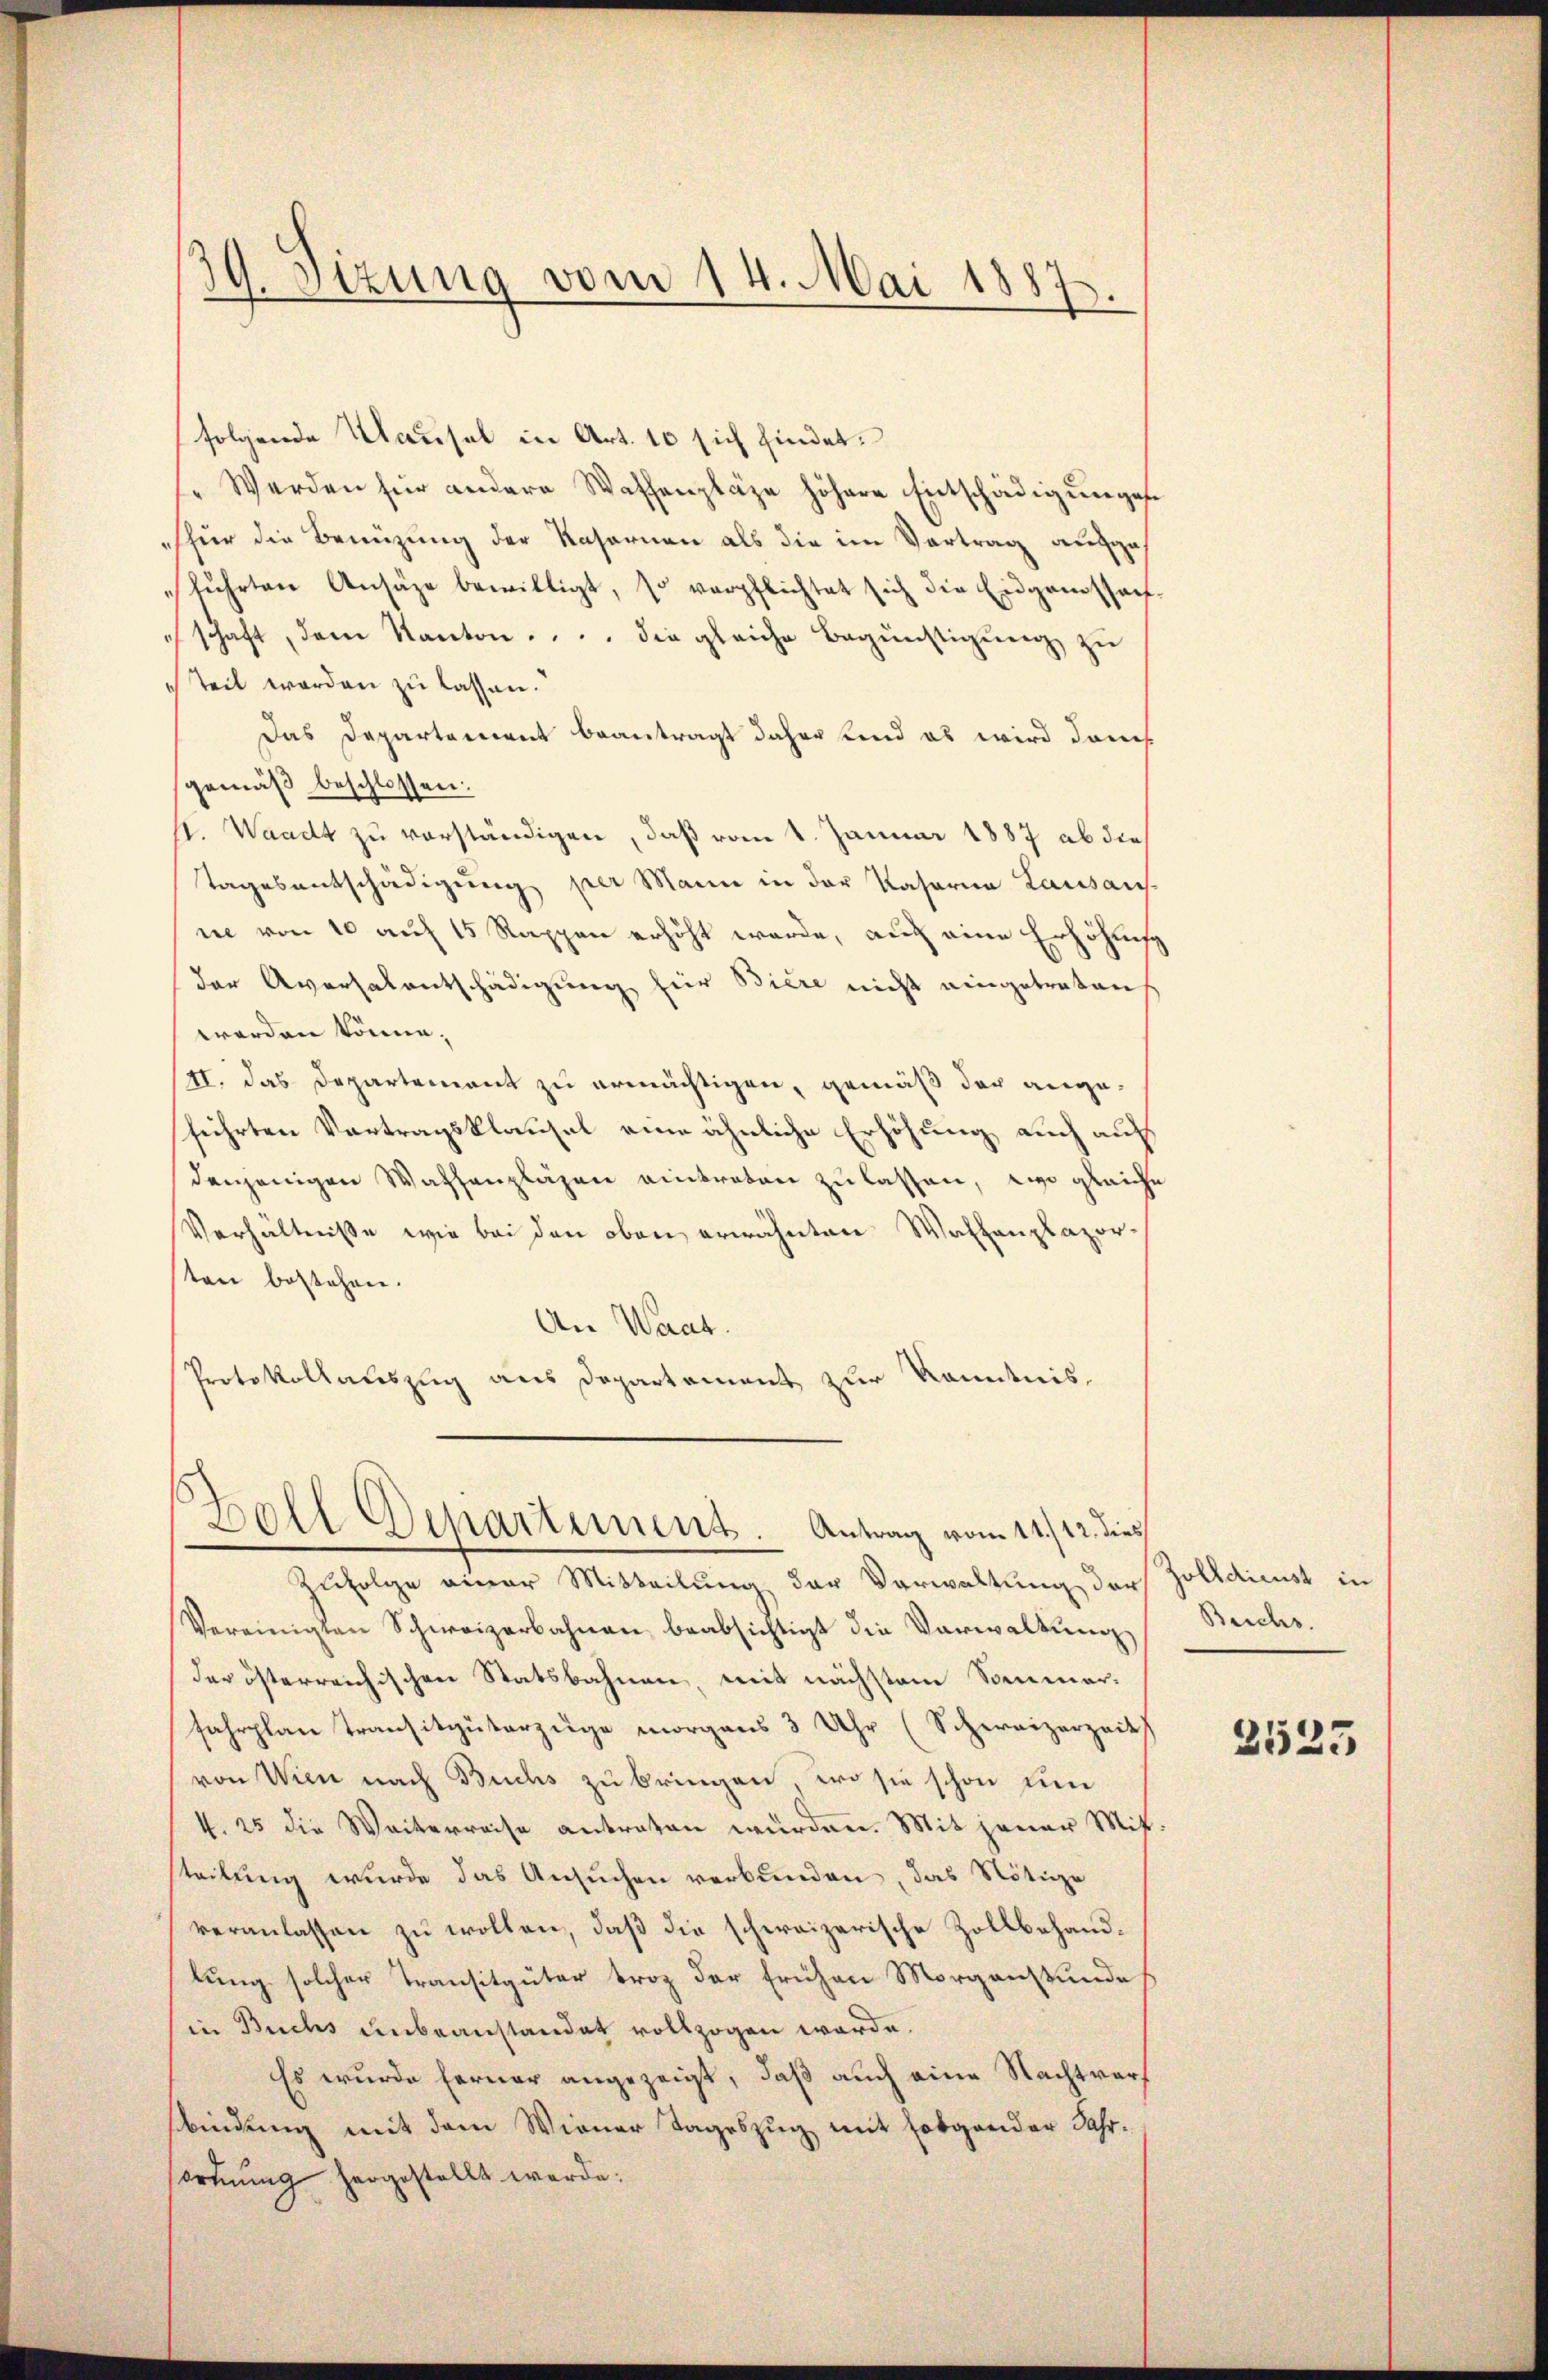
39. Sitzung vom 14. Mai 1887.

folgende Klausel in Art. 10 sich findet.
"Werden für andere Waffenpläge höhere Entschädigungen
thür die Benüzung der Rasernen als die im Vortrag ausges
führten Ansätze bewilligt, so verpflichtet sich die Eidgenossach
schaft, dem Kanton . . . . die gleiche Begünstigung zu
teil werden zu lassen.
Das Departement beantragt daher sind es wird danch
gemäß beschlossen:
s. Waadt zu verständigen, daß vom 1. Januar 1887 ab dies
Tagesentschädigung per Mann in der Kasaria Lausausne von 10 auf 15 Rappen erhöht werde, auch eine Erhöhung
der Aversalentschädigung für Biere nicht eingetreten
worden könne.
III. das Departement zu ermächtigen, gemäß der angeführten Vortragsklausel eine ähnliche Erhöhung auch auf
denjenigen Watsanlagen eintreten zu lassen, wo gleiche
Verhältnisse wie bei den oben erwähnten Waltenplazor-
ten bestehen.
An Waat.
Protokollauszug aus Departement zur Kenntnis,

Boll Departement. Antrag vom 14./12. dies

Zufolge einer Mitteilung der Verwaltung der Zolldicust in
Vereinigten Schweizerbahnen beabsichtigt die Verwaltung
der österreichischen Statsbahnen, mit nächstem Sommerfahrplan Transitgüterzüge morgens 3 Uhr (Schweizerzeit
von Wien nach Buchs zu bringen, wo sie schon um
k. 25 die Weiterreise antraten würden. Mit jener Mitt
steilung wurde das Ansuchen verbunden, das Nötige
veranlassen zu wollen, daß die schweizerische Zollbehandlung solcher Transitgüter broz der frühen Morgenstundes
in Buchs unbeanstandet vollzogen werde.
Es wurde ferner angezeigt, daß auch eine Nachtwarf
sbindung mit dem Wiener Tageszug mit Folgender Jahrordnung hergestellt werde;

Beichs.

2523